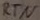
Text: RTN